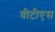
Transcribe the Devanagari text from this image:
बीटीएस